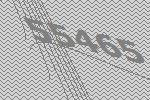
55465